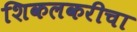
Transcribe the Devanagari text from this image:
शिकलकरीचा